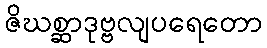
ဇိဃစ္ဆာဒုဗ္ဗလျပရေတော